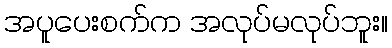
အပူပေးစက်က အလုပ်မလုပ်ဘူး။